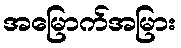
အမြောက်အမြား